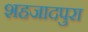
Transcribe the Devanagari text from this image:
शहजादपुरा